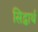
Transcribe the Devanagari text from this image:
सिद्धार्थ